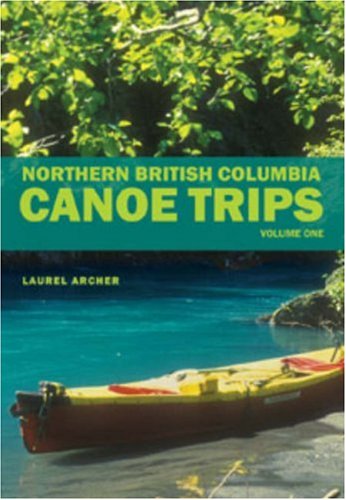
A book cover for Northern British Columbia Canoe Trips: Volume One; Laurel Archer; Travel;